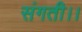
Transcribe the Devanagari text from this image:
संगती।।